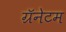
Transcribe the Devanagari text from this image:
ग्रॅनेटम